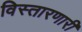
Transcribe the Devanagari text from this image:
विस्तारणारी